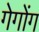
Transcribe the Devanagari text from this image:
गेगोंग